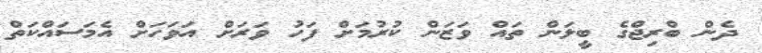
ދެން ބްރިޖްގެ ބީލަން ތައް ވަަޒަން ކުރުމަށް ފަހު ވަރަށް އަވަހަށް އެމަސައްކަތް